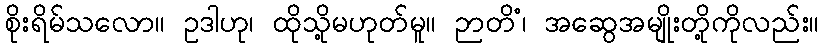
စိုးရိမ်သလော။ ဥဒါဟု၊ ထိုသို့မဟုတ်မူ။ ဉာတိံ၊ အဆွေအမျိုးတို့ကိုလည်း။